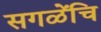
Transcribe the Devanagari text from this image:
सगळेंचि